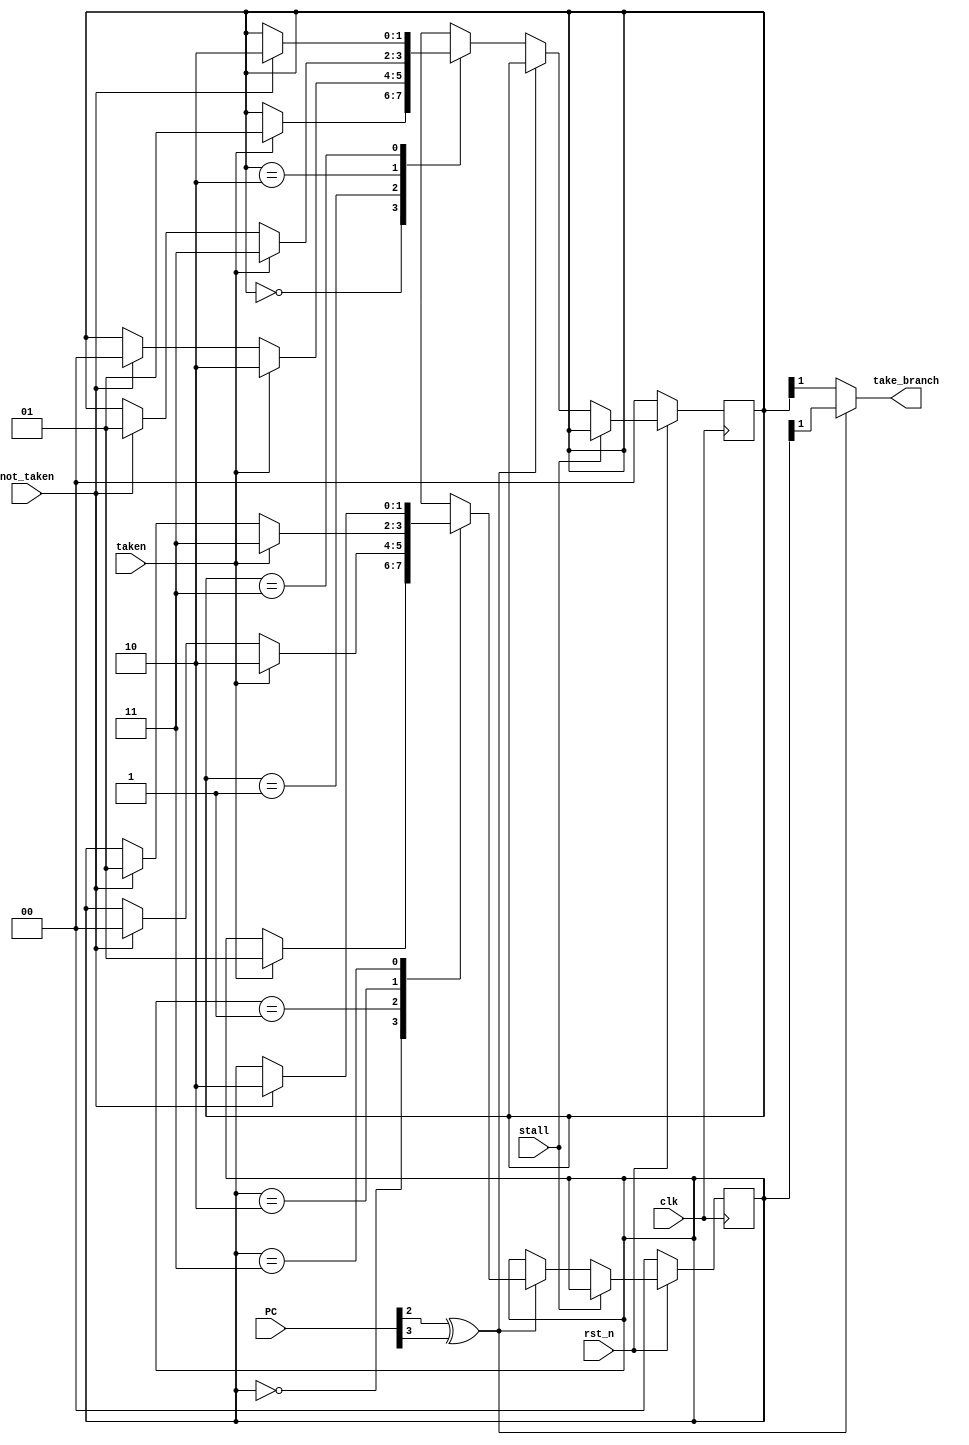
module Branch_Prediction_Unit (
    clk,
    rst_n,
    stall,
    taken,
    not_taken,
    PC,
    take_branch
);

    input  clk, rst_n, stall, taken, not_taken;
    input [31:0] PC;
    output take_branch;

    wire PC_digit;
    reg [1:0] state_w1;
    reg [1:0] state_r1;
    reg [1:0] state_w2;
    reg [1:0] state_r2;

    // states
    parameter Strong_not_taken = 2'b00;
    parameter Weak_not_taken   = 2'b01;
    parameter Weak_taken       = 2'b10;
    parameter Strong_taken     = 2'b11;

    assign PC_digit = PC[2] ^ PC[3]; // You can modify the bit
    assign take_branch = (PC_digit)? state_r2[1] : state_r1[1];
    //assign take_branch = 1'b1;

    always @(*) begin
        state_w1 = state_r1;
        state_w2 = state_r2;
        if (PC_digit) begin
            case (state_r2) 
                Strong_not_taken: begin
                    if (taken) state_w2 = Weak_not_taken;
                end
                Weak_not_taken: begin
                    if (taken) state_w2 = Weak_taken;
                    else if (not_taken) state_w2 = Strong_not_taken;
                end
                Weak_taken: begin
                    if (taken) state_w2 = Strong_taken;
                    else if (not_taken) state_w2 = Weak_not_taken;
                end
                Strong_taken: begin
                    if (not_taken) state_w2 = Weak_taken;
                end
            endcase
        end
        else begin
            case (state_r1) 
                Strong_not_taken: begin
                    if (taken) state_w1 = Weak_not_taken;
                end
                Weak_not_taken: begin
                    if (taken) state_w1 = Weak_taken;
                    else if (not_taken) state_w1 = Strong_not_taken;
                end
                Weak_taken: begin
                    if (taken) state_w1 = Strong_taken;
                    else if (not_taken) state_w1 = Weak_not_taken;
                end
                Strong_taken: begin
                    if (not_taken) state_w1 = Weak_taken;
                end
            endcase
        end
    end

    always @(posedge clk) begin
        if (!rst_n) begin
            state_r1 <= 2'b00;
            state_r2 <= 2'b00;
        end
        else if (stall) begin
            state_r1 <= state_r1;
            state_r2 <= state_r2;
        end
        else begin
            state_r1 <= state_w1;
            state_r2 <= state_w2;
        end
    end

endmodule